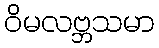
ဝိမလဗ္ဘသမာ